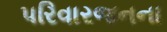
પરિવારજનના